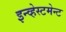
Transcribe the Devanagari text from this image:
इन्व्हेस्टमेन्ट